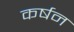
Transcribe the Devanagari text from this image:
कर्षन